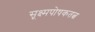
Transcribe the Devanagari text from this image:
सूक्ष्मपोषकतत्व